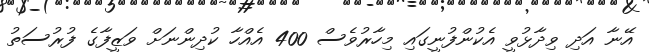
އޭނާ އަދި ވިދާޅުވީ އެކުންފުނީގައި މިހާރުވެސް 400 އެއްހާ ކުދިންނަށް ވަޒީފާގެ ފުރުސަތު